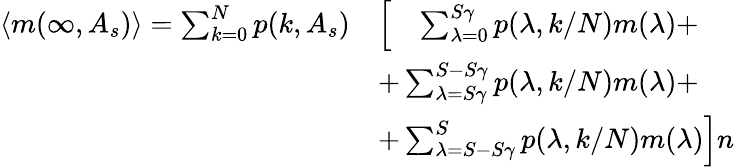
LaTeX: \begin{array}{rl}{\langle m(\infty,A_{s})\rangle=\sum_{k=0}^{N}p(k,A_{s})}&{\left[\quad\sum_{\lambda=0}^{S\gamma}p(\lambda,k/N)m(\lambda)+\right.}\\ &{+\sum_{\lambda=S\gamma}^{S-S\gamma}p(\lambda,k/N)m(\lambda)+}\\ &{+\left.\sum_{\lambda=S-S\gamma}^{S}p(\lambda,k/N)m(\lambda)\right]n}\end{array}